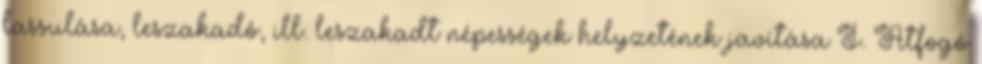
lassulása, leszakadó, ill. leszakadt népességek helyzetének javítása I. Átfogó